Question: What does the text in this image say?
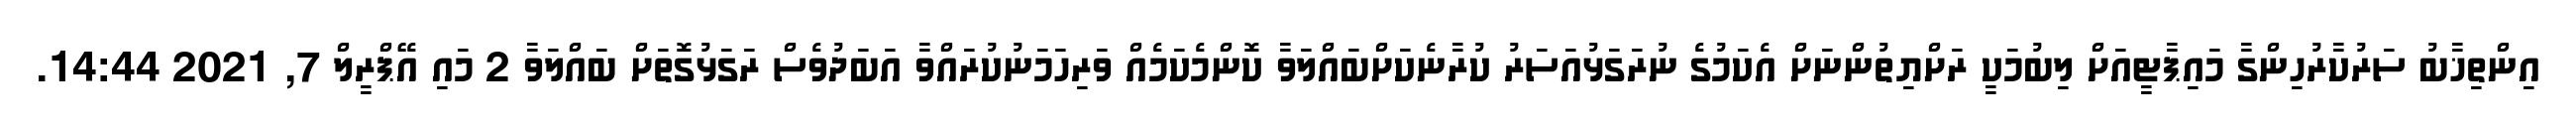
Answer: އިންތިޚާބު ސަރުކާރުހިންގާ މައިޕާޓީއަށް ލިބުމަކީ ރަށްޔިތުންނަށް އެކަމުގެ ނުރަގަޅުއަސަރު ކުރާނެކަށްބައްލަވާ ކޮންމެކަމެއް ވަރިހަމަނުކުރައްވާ އަބަދުވެސް ރަގަޅުގޮތަށް ބައްލަވާ 2 މައި އޭޕްރީލް 7, 2021 14:44.